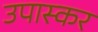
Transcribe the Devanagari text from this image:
उपास्कर